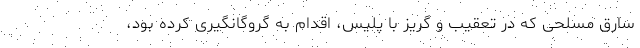
سارق مسلحی که در تعقیب و گریز با پلیس، اقدام به گروگانگیری کرده بود،